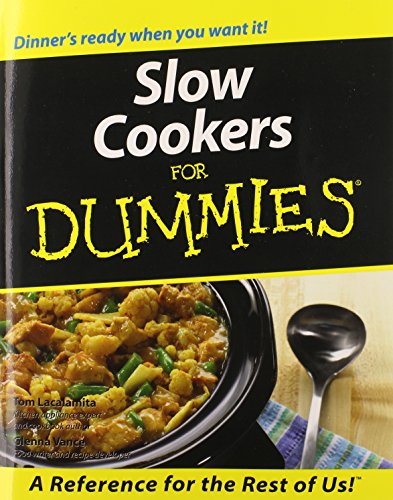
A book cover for Slow Cookers For Dummies; Tom Lacalamita; Cookbooks, Food & Wine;